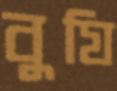
বুযি